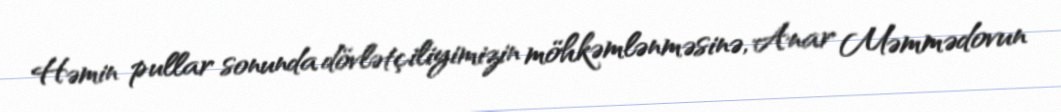
Həmin pullar sonunda dövlətçiliyimizin möhkəmlənməsinə, Anar Məmmədovun